Annual report of the Prince of Wales Medical College, Patna
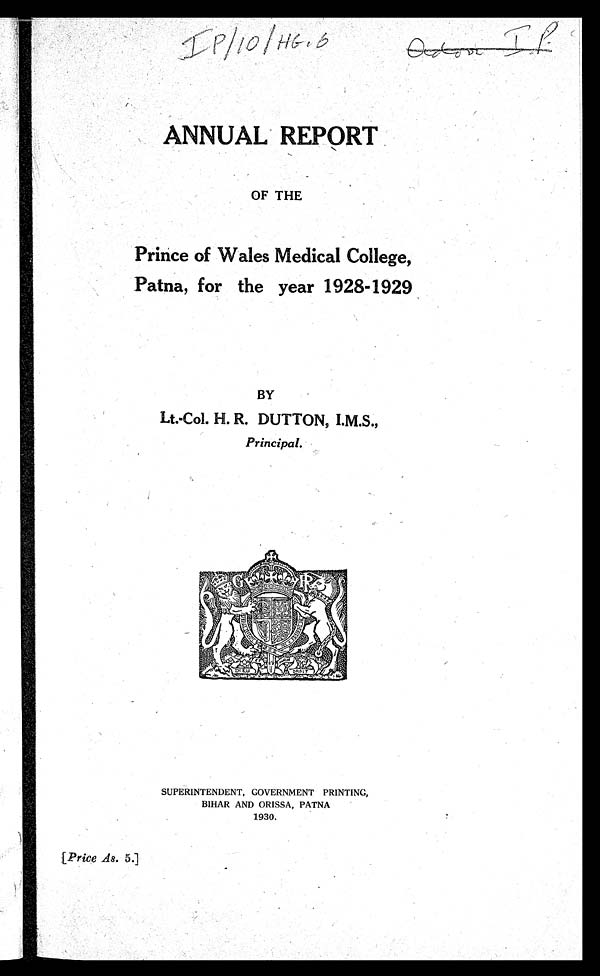
ANNUAL REPORT
OF THE
Prince of Wales Medical College,
Patna, for the year 1928-1929
BY
Lt.-Col. H. R. DUTTON, I.M.S.,
Principal.
SUPERINTENDENT, GOVERNMENT PRINTING,
BIHAR AND ORISSA. PATNA
1930.
[ Price As. 5.]